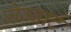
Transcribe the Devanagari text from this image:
जेम्बार्ट